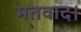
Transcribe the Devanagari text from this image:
मतवाद।